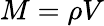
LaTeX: M=\rho V